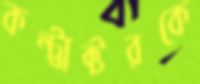
কন্ট্রাক্টরকে